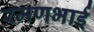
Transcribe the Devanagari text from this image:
रमणभाई